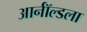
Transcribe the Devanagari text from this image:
आर्नॉल्डला